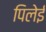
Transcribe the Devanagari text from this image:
पिलेई